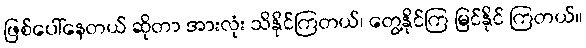
ဖြစ်ပေါ်နေတယ် ဆိုတာ အားလုံး သိနိုင်ကြတယ်၊ တွေ့နိုင်ကြ မြင်နိုင် ကြတယ်။